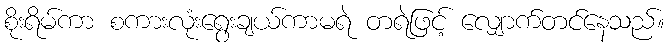
စိုးရိမ်ကာ စကားလုံးရွေးချယ်ကာမရဲ တရဲဖြင့် လျှောက်တင်နေသည်။